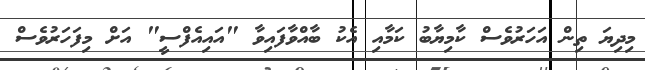
މިދިޔަ ތިން އަހަރުވެސް ކާމިޔާބު ކަމާއި އެކު ބާއްވާފައިވާ "އައިއެފްސީ" އަށް މިފަހަރުވެސް